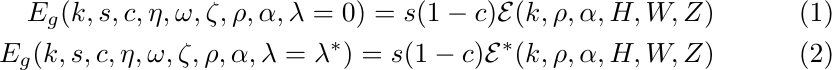
 \begin{align}
     E_g(k, s, c, \eta, \omega, \zeta, \rho, \alpha, \lambda = 0) = s(1-c)\mathcal{E}(k, \rho, \alpha, H, W, Z) \label{HomEnsErr_Ridgeless}\\
     E_g(k, s, c, \eta, \omega, \zeta, \rho, \alpha, \lambda = \lambda^*) = s(1-c) \mathcal{E}^*(k, \rho, \alpha, H, W, Z) \label{HomEnsErr_LocOpt}
 \end{align}